Newspaper: The L'Anse sentinel.
Place of publication: L'Anse, L.S., Mich.
Publisher: Sylvester Kinney
Date: 1900-08-04 00:00:00
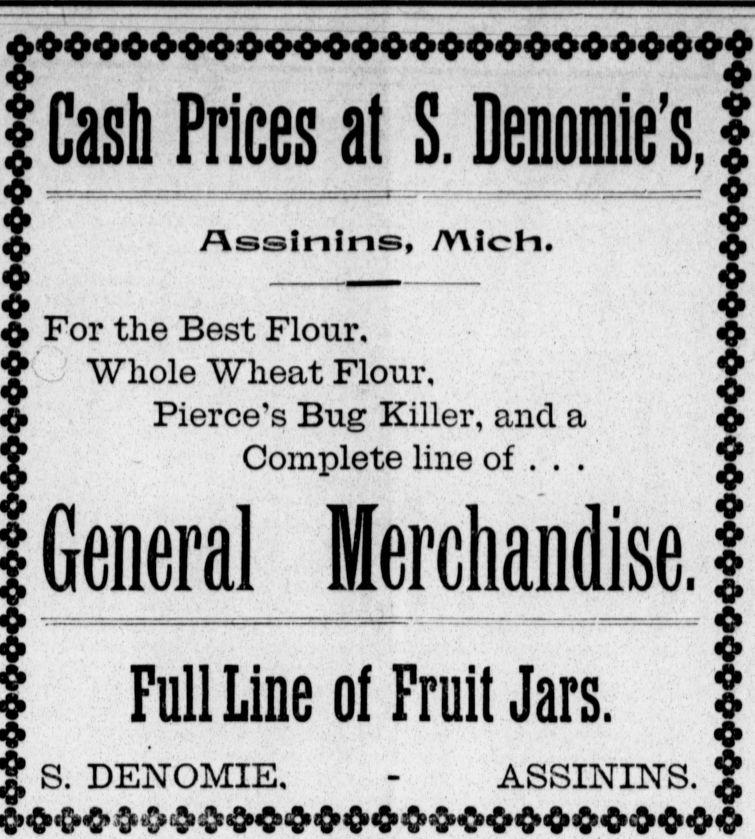
Advertisement text (OCR):
Cash Prices at S. Denomie's, o o o o; Assinlns, Alien. For the Best Flour, Whole Wheat Flour, Pierce's Bug Killer, and a Complete line of . . . General Merchandise. FullLine of Fruit Jars. S. DENOMIE, - ASSININS. g
Label: text-only